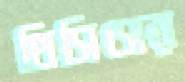
থিসিসের